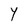
Character: Y